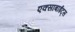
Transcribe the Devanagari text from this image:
एक्साबाईट्स